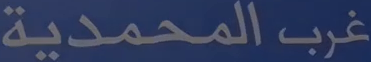
غربالمحمدية